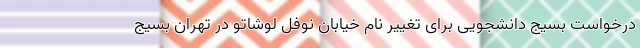
درخواست بسیج دانشجویی برای تغییر نام خیابان نوفل لوشاتو در تهران بسیج